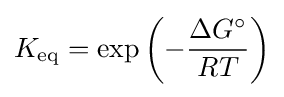
K_{\rm {eq}}=\exp \left(-{\frac {\Delta {G^{\circ }}}{RT}}\right)